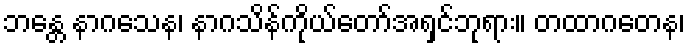
ဘန္တေ နာဂသေန၊ နာဂသိန်ကိုယ်တော်အရှင်ဘုရား။ တထာဂတေန၊